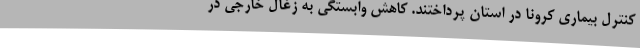
کنترل بیماری کرونا در استان پرداختند. کاهش وابستگی به زغال خارجی در